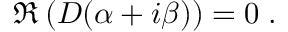
\begin{array} { r } { \Re \left( D ( \alpha + i \beta ) \right) = 0 \; . } \end{array}